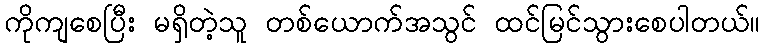
ကိုကျစေပြီး မရှိတဲ့သူ တစ်ယောက်အသွင် ထင်မြင်သွားစေပါတယ်။